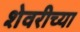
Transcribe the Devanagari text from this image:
शेवरीच्या